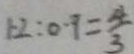
1 . 2 : 0 . 9 = \frac { 4 } { 3 }